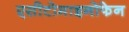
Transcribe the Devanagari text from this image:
एसीटोमाइनोफेन